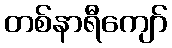
တစ်နာရီကျော်